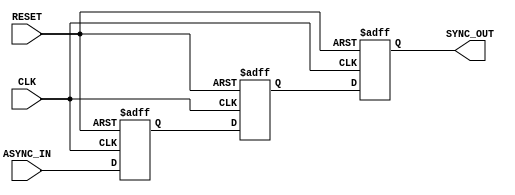
module ASYNC_to_SYNC_Converter(
    input wire ASYNC_IN,       // Asynchronous input signal
    input wire CLK,            // Clock signal
    input wire RESET,          // Asynchronous reset signal
    output reg SYNC_OUT        // Synchronous output signal
);

// Internal flip-flops for synchronizing the ASYNC_IN signal to the CLK
reg sync_ff1;
reg sync_ff2;

// Always block for the double-register stage
always @(posedge CLK or posedge RESET) begin
    if (RESET) begin
        sync_ff1 <= 1'b0;   // Reset the first stage flip-flop
        sync_ff2 <= 1'b0;   // Reset the second stage flip-flop
    end else begin
        sync_ff1 <= ASYNC_IN; // Sample the ASYNC_IN signal
        sync_ff2 <= sync_ff1;  // Pass the sampled signal to the next stage
    end
end

// Assign the synchronous output
always @(posedge CLK or posedge RESET) begin
    if (RESET) begin
        SYNC_OUT <= 1'b0;     // Reset SYNC_OUT signal
    end else begin
        SYNC_OUT <= sync_ff2;  // Update SYNC_OUT with the second stage output
    end
end

endmodule